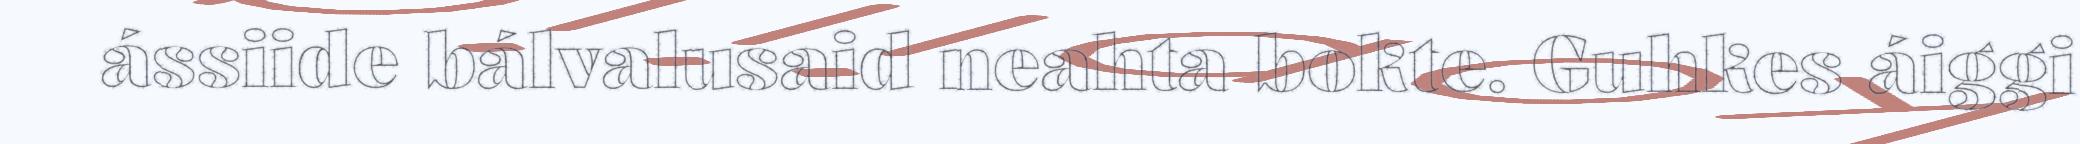
ássiide bálvalusaid neahta bokte. Guhkes áiggi